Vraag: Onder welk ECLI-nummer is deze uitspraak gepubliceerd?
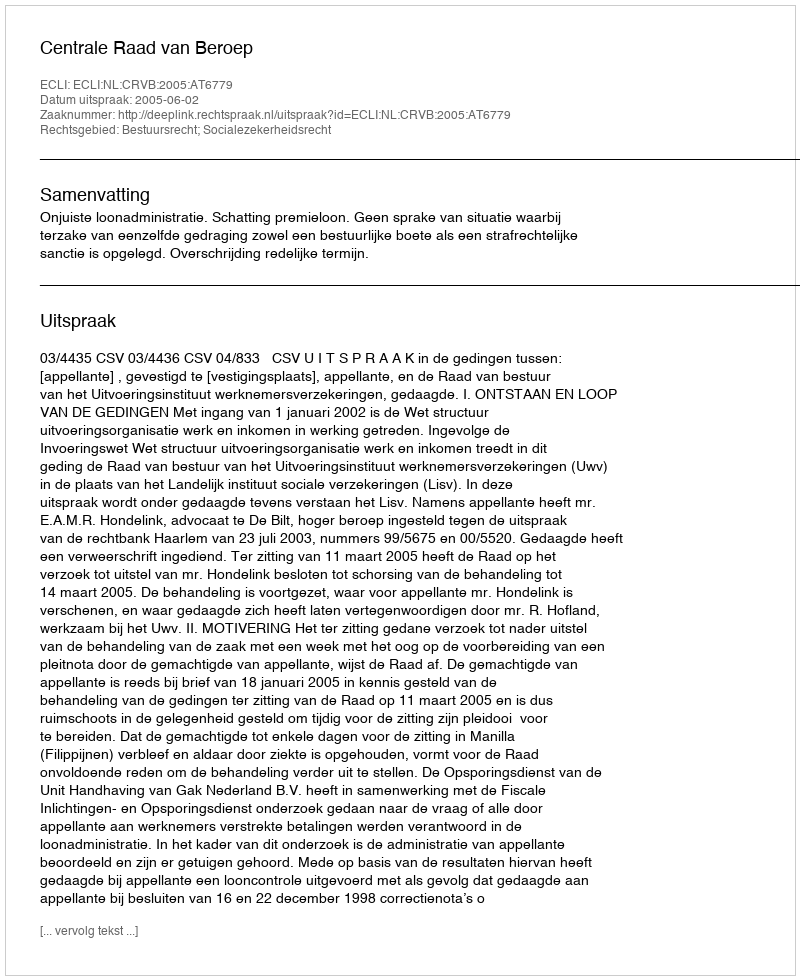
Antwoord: ECLI:NL:CRVB:2005:AT6779